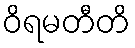
ဝိရမတီတိ